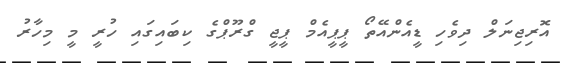
އޮރިޖިނަލް ދިވެހި ޑީއެންއޭތޯ ޕީޕީއެމް ޕީޖީ ގްރޫޕްގެ ކިބައިގައި ހުރީ މީ މިހާރު